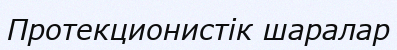
Протекционистік шаралар